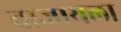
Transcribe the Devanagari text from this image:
वाजायला